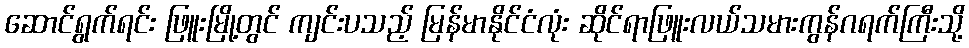
ဆောင်ရွက်ရင်း ဖြူးမြို့တွင် ကျင်းပသည့် မြန်မာနိုင်ငံလုံး ဆိုင်ရာဖြူးလယ်သမားကွန်ဂရက်ကြီးသို့